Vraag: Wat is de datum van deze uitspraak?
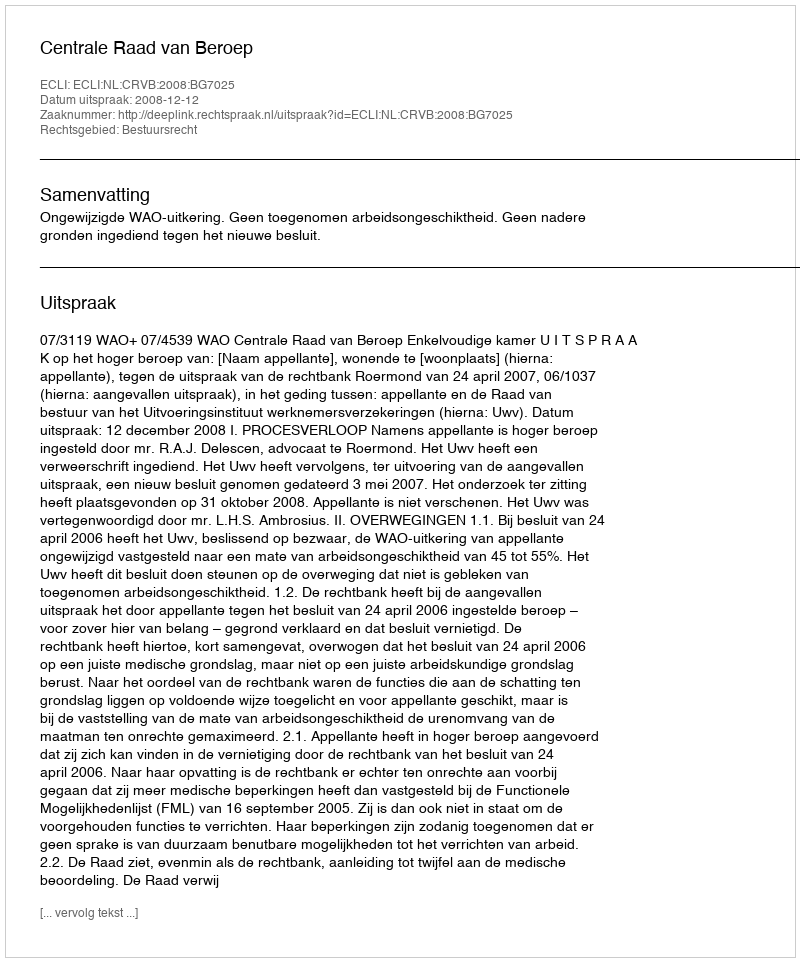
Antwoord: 2008-12-12